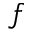
f